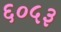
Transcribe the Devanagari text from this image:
६०५३